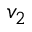
v _ { 2 }